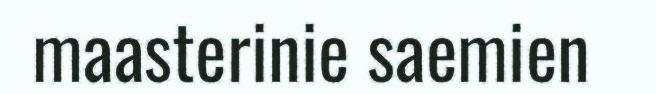
maasterinie saemien